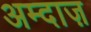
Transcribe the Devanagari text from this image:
अम्दाज़